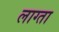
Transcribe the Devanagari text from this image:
लाग्ता